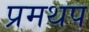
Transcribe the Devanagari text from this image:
प्रमथप